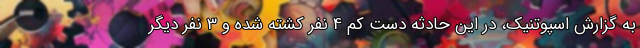
به گزارش اسپوتنیک، در این حادثه دست کم 4 نفر کشته شده و 3 نفر دیگر